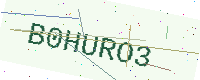
Text: B0HURO3